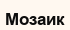
Мозаик